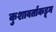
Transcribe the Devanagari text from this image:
कुशावर्ताकडून